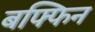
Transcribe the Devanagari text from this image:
बफ्फिन